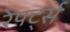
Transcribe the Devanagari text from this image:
रेपर्ट्स